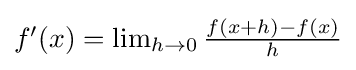
{\textstyle f^{\prime }(x)=\lim _{h\to 0}{\frac {f(x+h)-f(x)}{h}}}